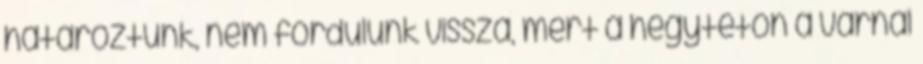
határoztunk, nem fordulunk vissza, mert a hegytetőn a várnál